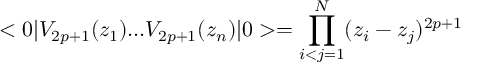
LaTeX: < 0 | V _ { 2 p + 1 } ( z _ { 1 } ) . . . V _ { 2 p + 1 } ( z _ { n } ) | 0 > = \prod _ { i < j = 1 } ^ { N } ( z _ { i } - z _ { j } ) ^ { 2 p + 1 }